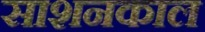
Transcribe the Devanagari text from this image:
साशनकाल